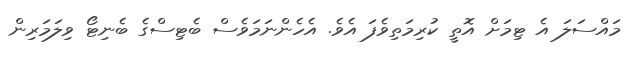
މައްސަލަ އެ ޓިމަށް އޮތީ ކުރިމަތިވެފަ އެވެެ. އެހެންނަމަވެސް ބެޓިސްގެ ބެނިޓޯ ވިލަމަރިން